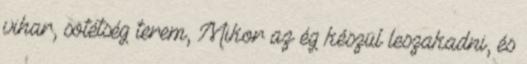
vihar, sötétség terem, Mikor az ég készül leszakadni, és